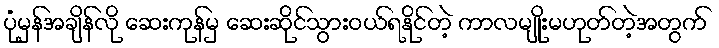
ပုံမှန်အချိန်လို ဆေးကုန်မှ ဆေးဆိုင်သွားဝယ်ရနိုင်တဲ့ ကာလမျိုးမဟုတ်တဲ့အတွက်